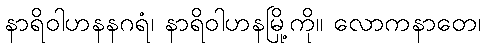
နာရိဝါဟနနဂရံ၊ နာရိဝါဟနမြို့ကို။ လောကနာတေ၊